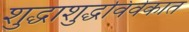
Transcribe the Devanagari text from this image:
शुद्धाशुद्धविवेकात